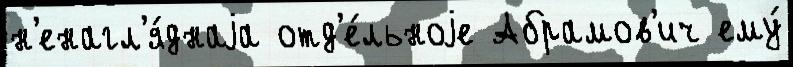
н'енагл'я́днаjа отд'е́льноjе Абрамов'ич ему́